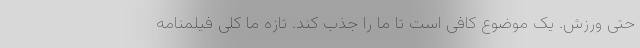
حتی ورزش. یک موضوع کافی است تا ما را جذب کند. تازه ما کلی فیلمنامه